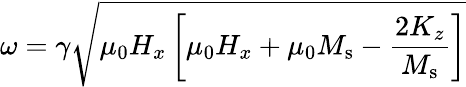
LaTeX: \omega=\gamma\sqrt{\mu_{0}H_{x}\left[\mu_{0}H_{x}+\mu_{0}M_{\mathrm{s}}-\frac{2K_{z}}{M_{\mathrm{s}}}\right]}